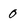
Character: 0